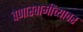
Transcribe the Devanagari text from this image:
वेणास्वामींच्यावर